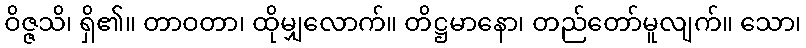
ဝိဇ္ဇသိ၊ ရှိ၏။ တာဝတာ၊ ထိုမျှလောက်။ တိဋ္ဌမာနော၊ တည်တော်မူလျက်။ သော၊